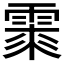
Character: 𩃲